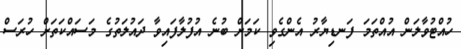
ހުއްޓުވާލަން އުއްތަމަ ފަނޑިޔާރު އެންގެވި ކަމަށް ބުނެ އުފުލާފައިިވާ ދައުލަތުގެ މަސައްކަތަށް ހުރަސް